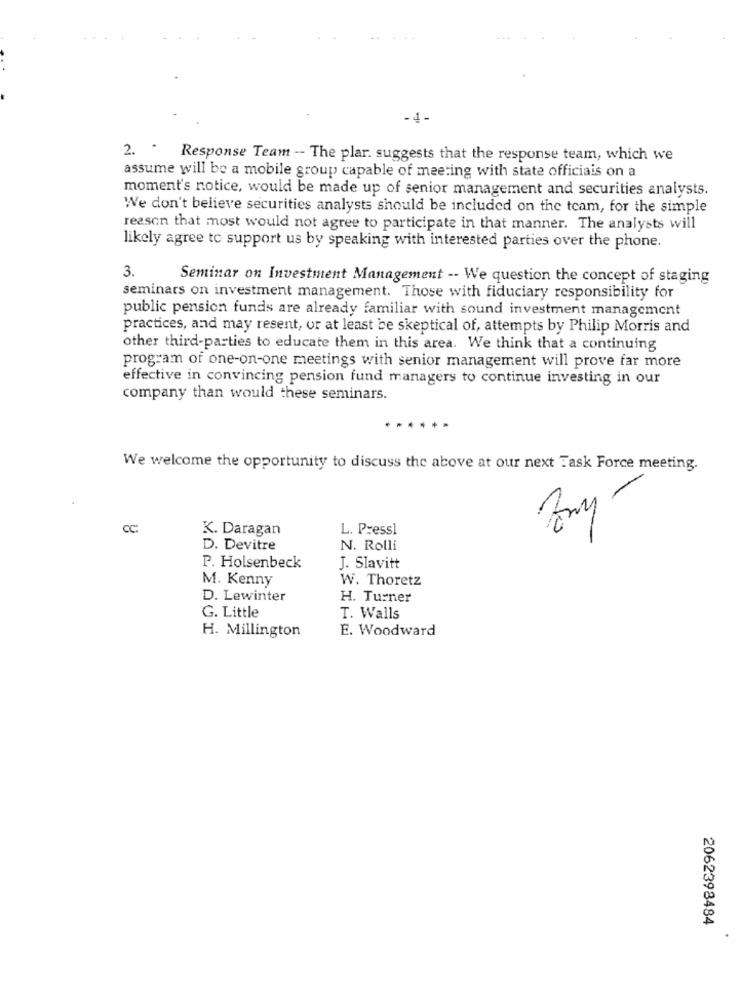
. 4-
2. " Response Team -- The plar. suggests that the response team, which we
assume will be a mobile group capable of meeting with state officiais on a
moment's notice, would be made up of senior management and securities analysts.
We don't believe securities analysts should be included on the team, for the simple
reason that most would not agree to participate in that manner. The analysts will
likely agree to support us by speaking with interested parties over the phone.
3.
Seminar on Investment Management -- We question the concept of staging
seminars on investment management. Those with fiduciary responsibility for
public pension funds are already familiar with sound investment management
practices, and may resent, or at least be skeptical of, attempts by Philip Morris and
other third-parties to educate them in this area. We think that a continuing
program of one-on-one meetings with senior management will prove far more
effective in convincing pension fund managers to continue investing in our
company than would these seminars.
.....
We welcome the opportunity to discuss the above at our next Task Force meeting.
CC:
K. Daragan
L. Pressl
D. Devitre
N. Rolli
P. Holsenbeck
J. Slavitt
M. Kenny
W. Thoretz
D. Lewinter
H. Turner
G. Little
T. Walls
H. Millington
E. Woodward
2062398484